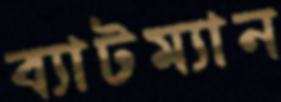
ব্যাটম্যান